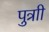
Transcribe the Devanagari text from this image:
पुत्राी